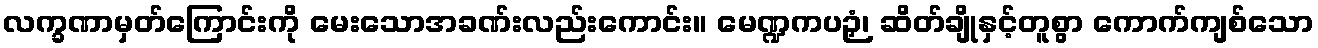
လက္ခဏာမှတ်ကြောင်းကို မေးသောအခဏ်းလည်းကောင်း။ မေဏ္ဍကပဉှံ၊ ဆိတ်ချိုနှင့်တူစွာ ကောက်ကျစ်သော